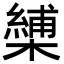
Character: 𭬏